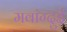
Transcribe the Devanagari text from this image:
मवांग्दुई